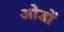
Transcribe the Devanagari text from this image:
ओडों